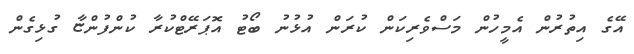
އޭގެ އިތުރުން އެމީހުން މަސްވެރިކަން ކުރަން އުޅުނު ބޯޓު އޮޕަރޭޓްކުރާ ކުންފުންޏާ ގުޅިގެން